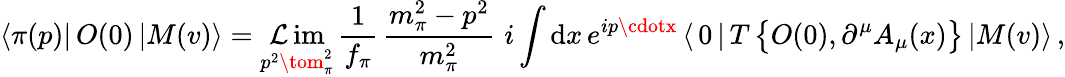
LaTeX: \langle\pi(p)|\, O(0)\, |M(v)\rangle=\operatorname*{\mathcal{L}im}_{p^{2}\tom_{\pi}^{2}}\, {\frac{{1}}{{f_{\pi}}}}\, {\frac{{m_{\pi}^{2}-p^{2}}}{{m_{\pi}^{2}}}}\, \, i\int\mathrm{{d}}x\, e^{ip\cdotx}\, \langle\, 0\, |\, T\, \big\{ O(0),\partial^{\mu}A_{\mu}(x)\big\} \, |M(v)\rangle\, ,